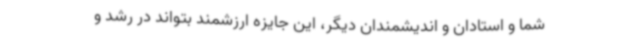
شما و استادان و اندیشمندان دیگر، این جایزه ارزشمند بتواند در رشد و